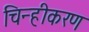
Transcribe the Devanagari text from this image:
चिन्हीकरण